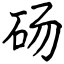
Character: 砀